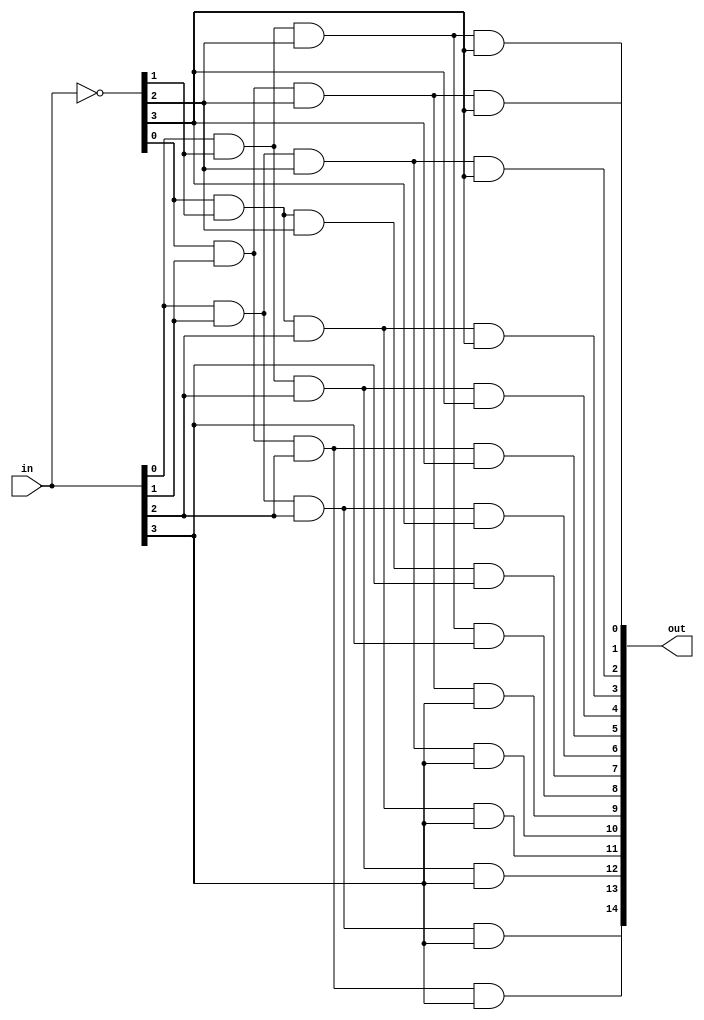
/**
 * This is written by Zhiyang Ong
 * for EE577b Extra Credit Homework , Question 2
 *
 * Behavioral model for the Hamming decoder
 */
module decoder4to16 (in,out);
	// Output signals representing the 11-bit decoded vector
	output reg [15:1] out;
	
	
	// Input signals representing the 15-bit input
	input [3:0] in;
	
	
	// Declare "reg" signals...
	reg [3:0] in_bar;
	// Declare "wire" signals...
	// Defining constants: parameter [name_of_constant] = value;
	
	
	always @(*)
	begin
		// Invert the inputs...
		in_bar=~in;
		
		// Don't define out[0] because you don't wanna flip correct outputs
		//out[0]=in_bar[0]	&	in_bar[1]	&	in_bar[2]	&	in_bar[3];
		out[1]=in[0]		&	in_bar[1]	&	in_bar[2]	&	in_bar[3];
		out[2]=in_bar[0]	&	in[1]		&	in_bar[2]	&	in_bar[3];
		out[3]=in[0]		&	in[1]		&	in_bar[2]	&	in_bar[3];
		out[4]=in_bar[0]	&	in_bar[1]	&	in[2]		&	in_bar[3];
		out[5]=in[0]		&	in_bar[1]	&	in[2]		&	in_bar[3];
		out[6]=in_bar[0]	&	in[1]		&	in[2]		&	in_bar[3];
		out[7]=in[0]		&	in[1]		&	in[2]		&	in_bar[3];
		out[8]=in_bar[0]	&	in_bar[1]	&	in_bar[2]	&	in[3];
		out[9]=in[0]		&	in_bar[1]	&	in_bar[2]	&	in[3];
		out[10]=in_bar[0]	&	in[1]		&	in_bar[2]	&	in[3];
		out[11]=in[0]		&	in[1]		&	in_bar[2]	&	in[3];
		out[12]=in_bar[0]	&	in_bar[1]	&	in[2]		&	in[3];
		out[13]=in[0]		&	in_bar[1]	&	in[2]		&	in[3];
		out[14]=in_bar[0]	&	in[1]		&	in[2]		&	in[3];
		out[15]=in[0]		&	in[1]		&	in[2]		&	in[3];

	end
	
	
endmodule